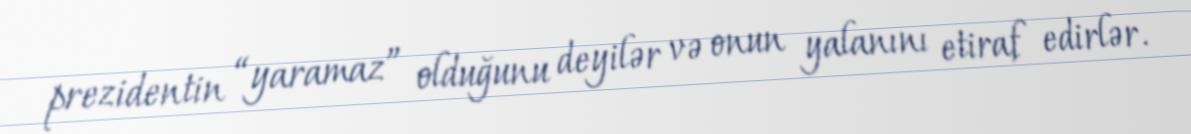
prezidentin “yaramaz” olduğunu deyilər və onun yalanını etiraf edirlər.